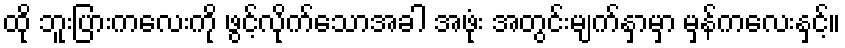
ထို ဘူးပြားကလေးကို ဖွင့်လိုက်သောအခါ အဖုံး အတွင်းမျက်နှာမှာ မှန်ကလေးနှင့်။